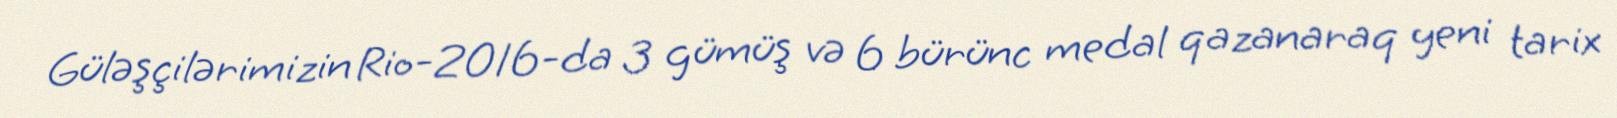
Güləşçilərimizin Rio-2016-da 3 gümüş və 6 bürünc medal qazanaraq yeni tarix